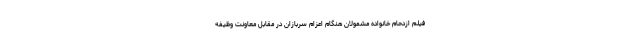
فیلم ازدحام خانواده مشمولان هنگام اعزام سربازان در مقابل معاونت وظیفه